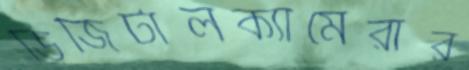
ডিজিটালক্যামেরার